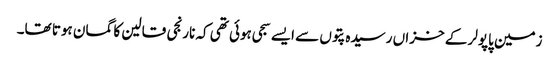
زمین پاپولر کے خزاں رسیدہ پتوں سے ایسے سجی ہوئی تھی کہ نارنجی قالین کا گمان ہوتا تھا۔